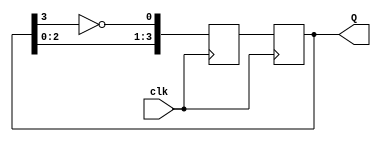
module johnson_counter(
    input wire clk,
    output reg [3:0] Q
);

reg [3:0] Q_next;

always @(posedge clk) begin
    Q_next[0] <= ~Q[3];
    Q_next[1] <= Q[0];
    Q_next[2] <= Q[1];
    Q_next[3] <= Q[2];
    
    Q <= Q_next;
end

endmodule